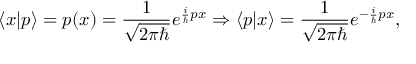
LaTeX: \langle x | p \rangle = p ( x ) = { \frac { 1 } { \sqrt { 2 \pi \hbar } } } e ^ { { \frac { i } { \hbar } } p x } \Rightarrow \langle p | x \rangle = { \frac { 1 } { \sqrt { 2 \pi \hbar } } } e ^ { - { \frac { i } { \hbar } } p x } ,